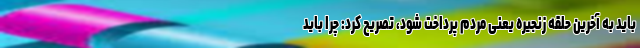
باید به آخرین حلقه زنجیره یعنی مردم پرداخت شود، تصریح کرد: چرا باید